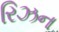
રિઝન